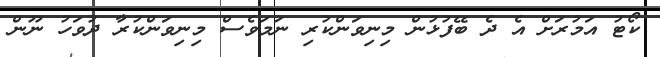
ކޯޓު އަމުރަށް އެ ދެ ބޭފުޅުން މިނިވަންކުރި ނަމަވެސް މިނިވަންކުރާ ދުވަހު ނޫން